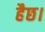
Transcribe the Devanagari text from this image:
हैछ।